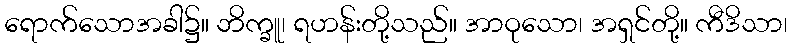
ရောက်သောအခါ၌။ ဘိက္ခူ၊ ရဟန်းတို့သည်။ အာဝုသော၊ အရှင်တို့။ ကီဒိသာ၊